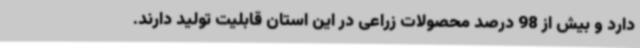
دارد و بیش از 98 درصد محصولات زراعی در این استان قابلیت تولید دارند.